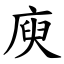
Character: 庾